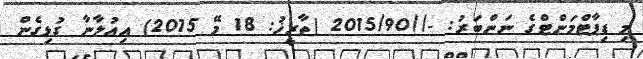
މި ޑިޕާޓްމަންޓްގެ ނަންބަރު: -//2015/90 (ތާރީޚު: 18 މޭ 2015) އިޢުލާނާ ގުޅިގެން